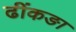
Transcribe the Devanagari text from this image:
ढींकङा